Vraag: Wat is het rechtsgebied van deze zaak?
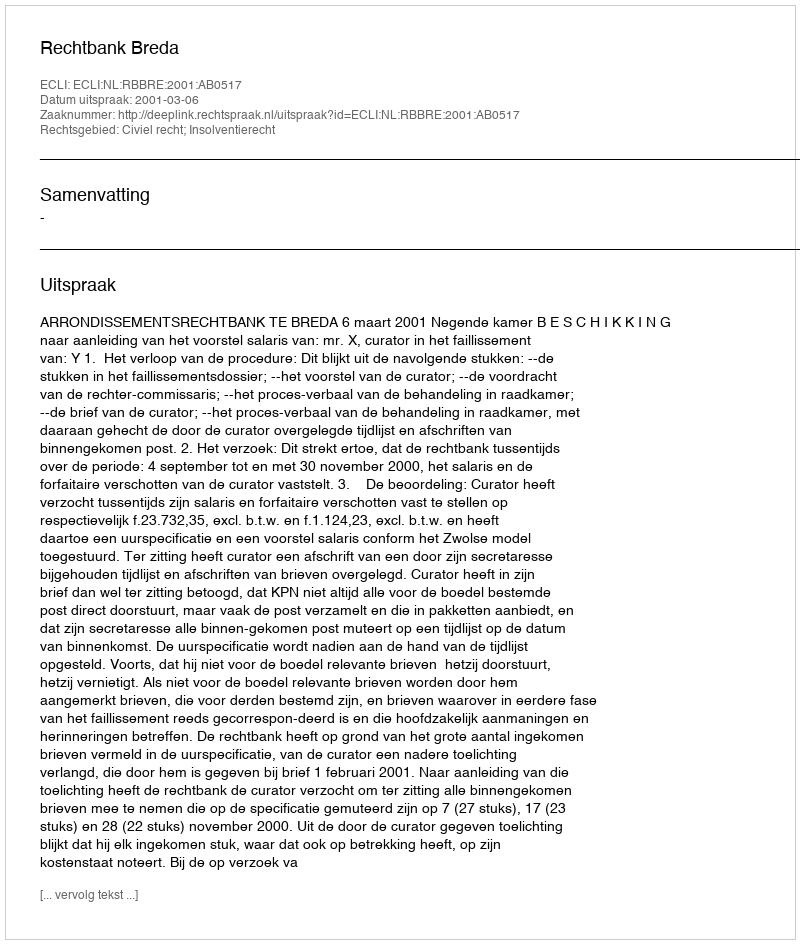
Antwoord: Civiel recht; Insolventierecht